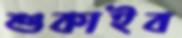
শুকাইব